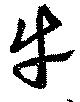
牛